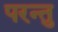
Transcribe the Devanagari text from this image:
परन्तु